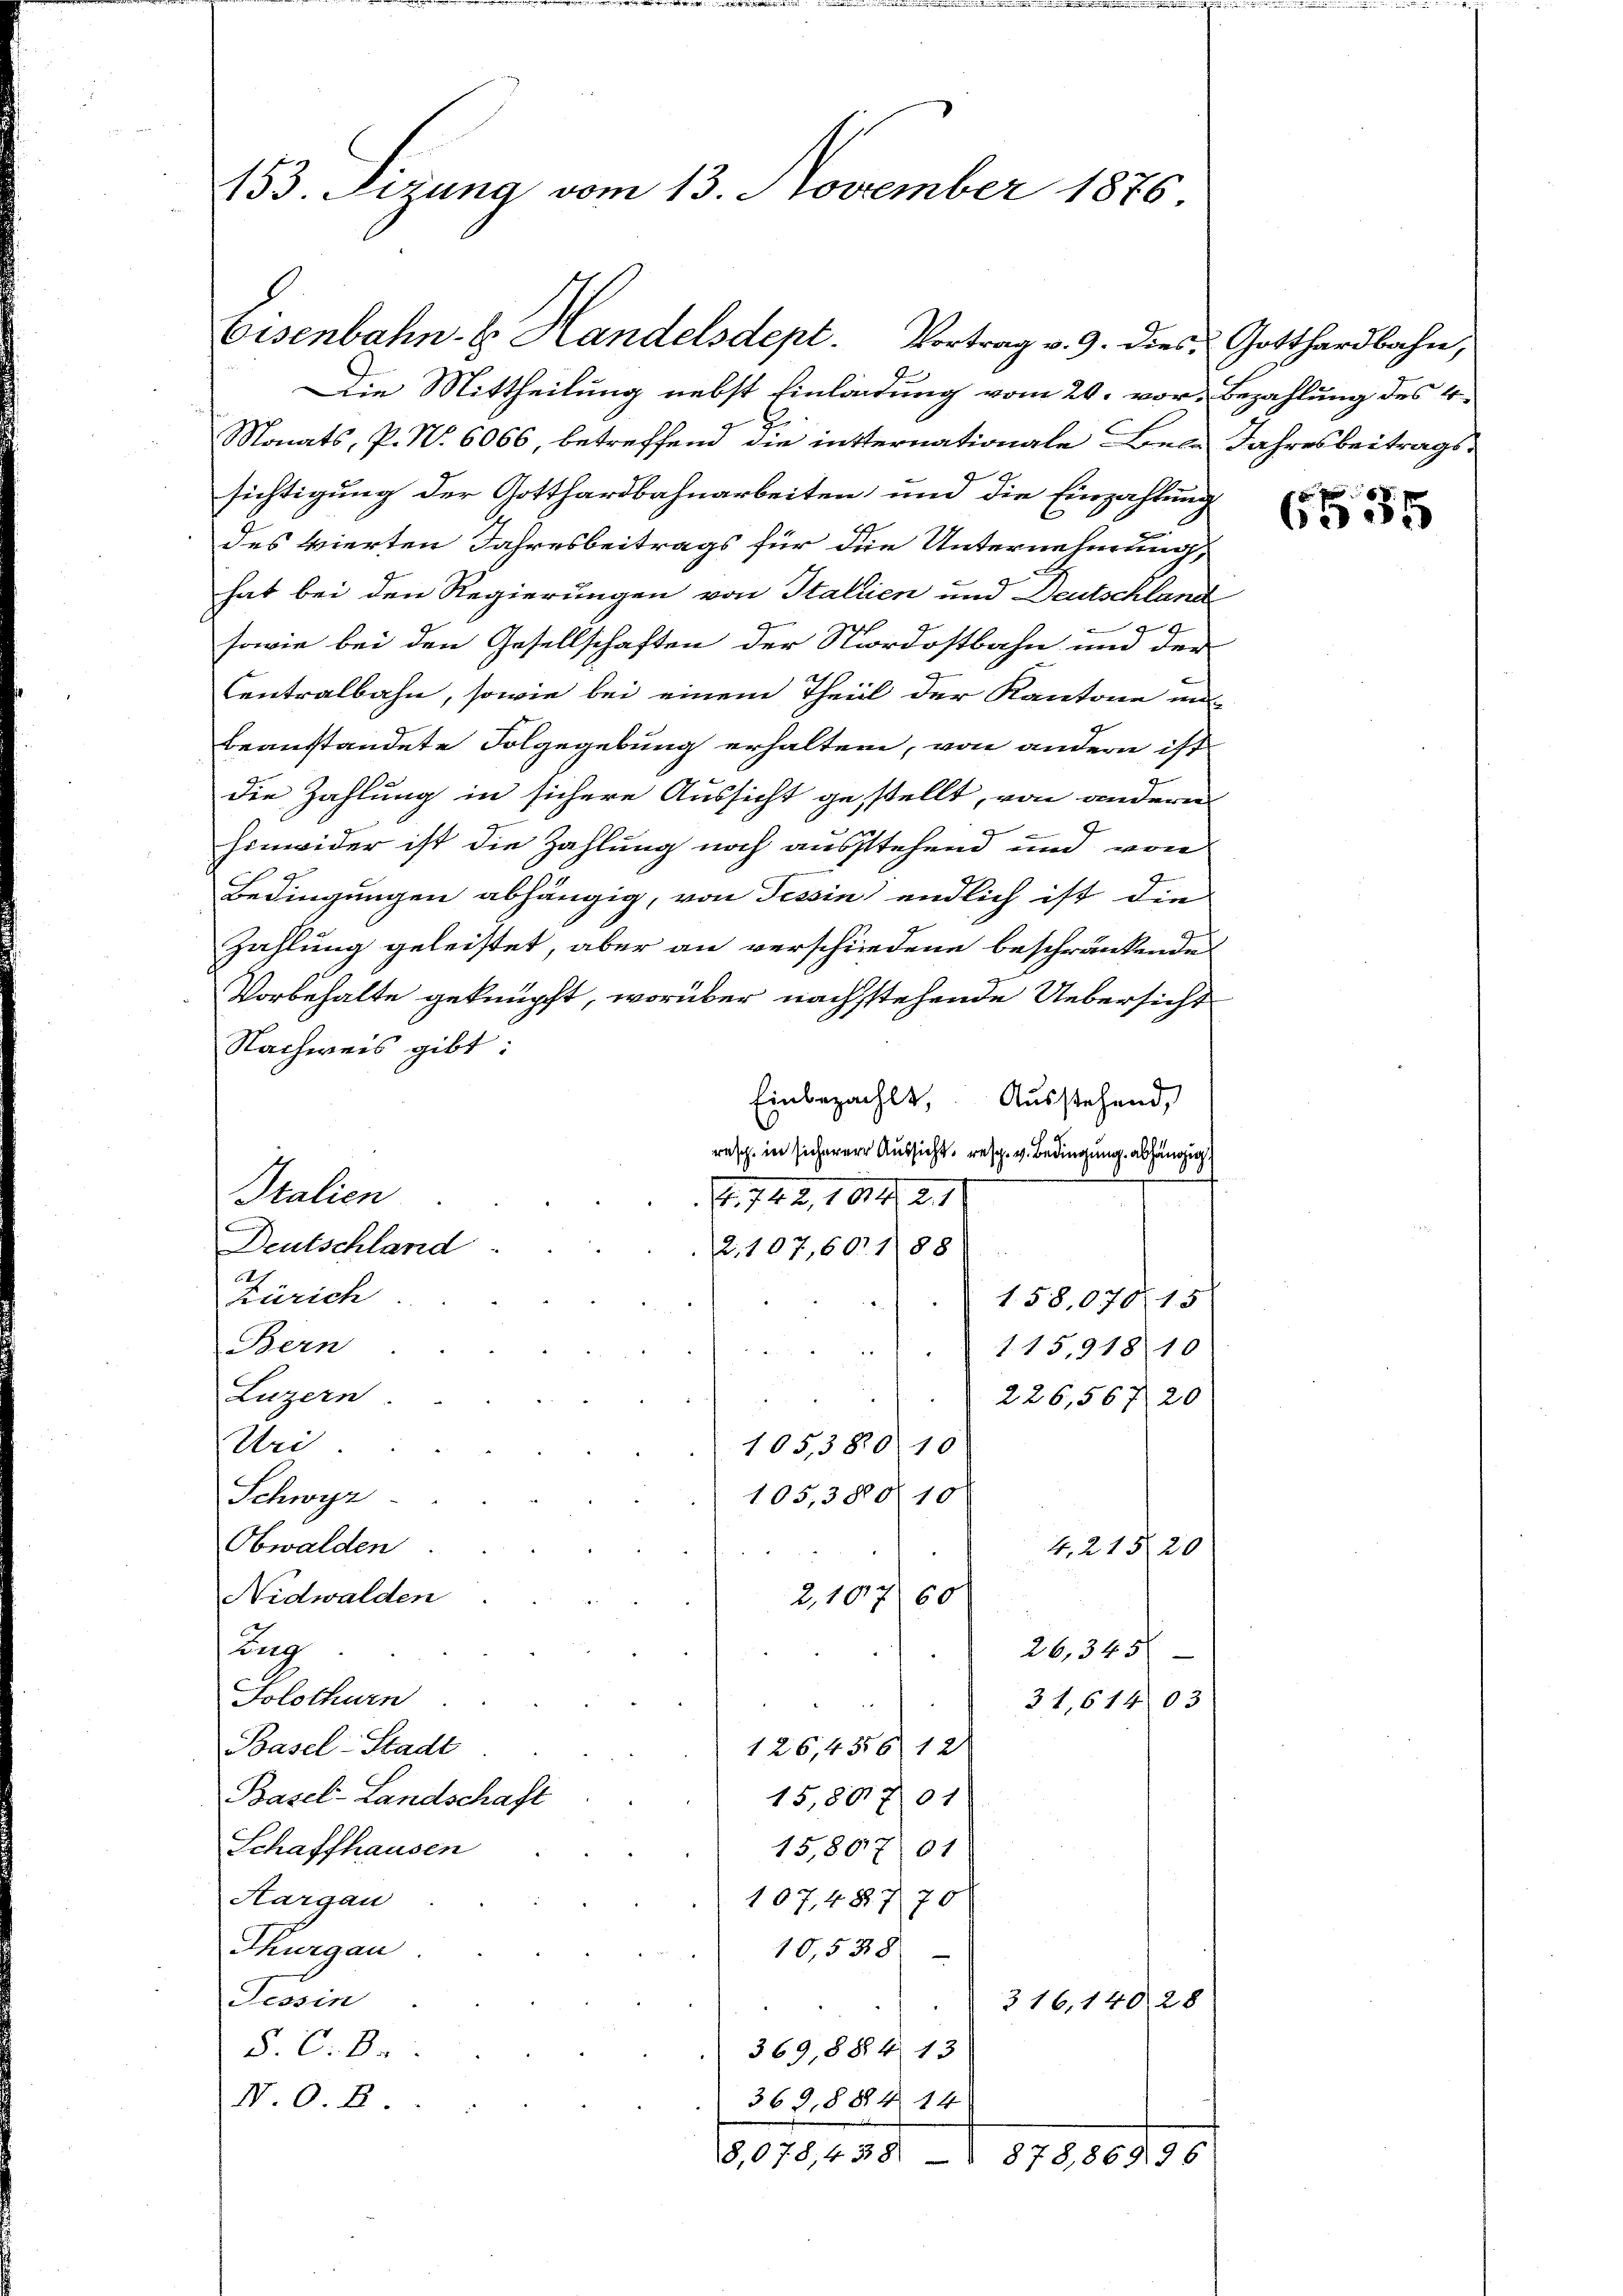
153. Sizung vom 13. November 1876.

Die Mittheilung nebst Einladung vom 20. vor. Bezahlung des 4.
Monats, P. Nr. 6066, betreffend die intternationale Bern Jahresbeitrags-
sichtigung der Gotthardbahnarbeiten, und die Einzahlung
des vierten Jahresbeitrags für die Unternehmung,
hat bei den Regierungen von Stallien und Deutschland
sowie bei den Gesellschaften der Nordostbahn und der
Centralbahn, sowie bei einem Theil der Kantone un
beanstandete Folgegebung erhalten, von andern ist
die Zahlung in sichere Aussicht gestellt, von andern
J
 x
hinwider ist die Zahlung noch ausstehend um von
Bedingungen abhängig, von Tessin endlich ist die
Zahlung geleistet, aber an verschiedene beschränkendes
Vorbehalte geknüpft, worüber nachstehende Uebersicht
Nachweis gibt:
Einbezahlt,
Ausstehend,
rasch in sicherer Aussicht, resp. v. Bedingung abhängig
E. 722, 109, 21
.
Deutschland
2.107,60188/
t.
Zürich
158,070 15
Bern
1.15,918 10
Luzern
226,567 20
Uri
105,3820 10
105,38010
Schwyz
Obwalden
4, 21520
Nidwalden
u
ung
26,345/
Solothurn
31,61403
Basel-Stadt
126,4556 12
15,80701
Basel-Landschaft
15,867 01
Schaffhausen
107,48770
Aargau
Thurgau
10,538
Tessin
316,14028
369,884 13
§. C. 8.
N. O. B
369,884 14
601, 138
878,86996

Italien

Eisenbahn. E. Handelsdept. Vortrag v. 9. dies Gotthardbahn,

655